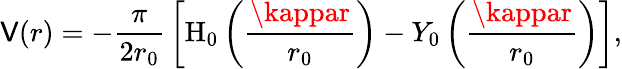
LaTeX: \mathsf{V}(r)=-{\frac{{\pi}}{{2r_{0}}}}\left[{\mathrm{{H}}}_{0}\left({\frac{{\kappar}}{{r_{0}}}}\right)-Y_{0}\left({\frac{{\kappar}}{{r_{0}}}}\right)\right],